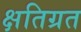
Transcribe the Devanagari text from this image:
क्षतिग्रत